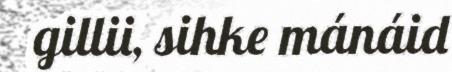
gillii, sihke mánáid